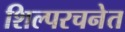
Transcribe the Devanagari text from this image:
शिल्परचनेत